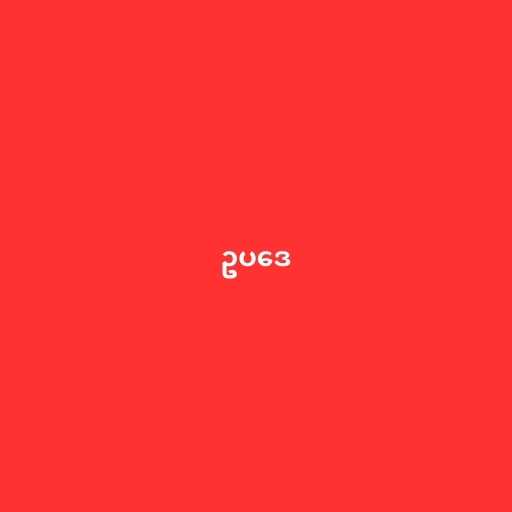
ဥပဒေ